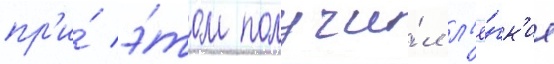
пр'и́ э́том получи́л л'ё́гк'ие